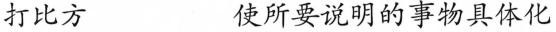
打比方 使所要说明的事物具体化